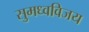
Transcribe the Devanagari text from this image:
सुमध्वविजय